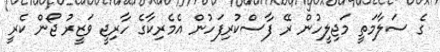
ގެ ސަލާމަތީ މަޖިލީހުން ރޭ ފާސްކުރިފަހުން އެމެރިކާގެ ހާރިޖީ ވަޒީރު ޖޯން ކެރީ